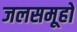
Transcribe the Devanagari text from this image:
जलसमूहों